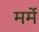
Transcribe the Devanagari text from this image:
मर्मे